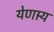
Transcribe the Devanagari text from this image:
येणार्‍य